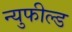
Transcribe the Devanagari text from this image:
न्युफील्ड